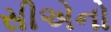
સીએનો